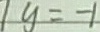
1 y = - 1